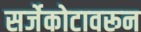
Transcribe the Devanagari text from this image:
सर्जेकोटावरून